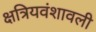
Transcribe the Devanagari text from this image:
क्षत्रियवंशावली